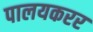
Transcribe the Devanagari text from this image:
पालयकरर